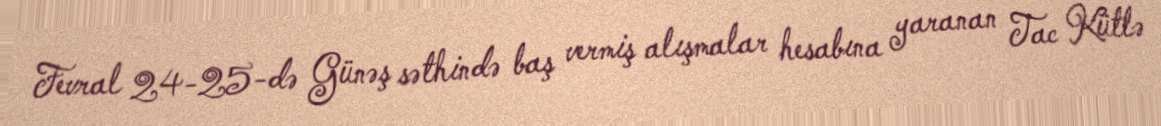
Fevral 24-25-də Günəş səthində baş vermiş alışmalar hesabına yaranan Tac Kütlə